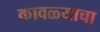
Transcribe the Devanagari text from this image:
कावळ्याचा